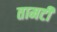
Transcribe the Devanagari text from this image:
तामटी